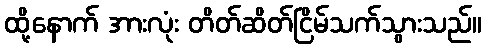
ထို့နောက် အားလုံး တိတ်ဆိတ်ငြိမ်သက်သွားသည်။